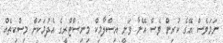
ނަމަވެސް އޭގެ ކުރިން ވެސް އޭނާ ވަނީ އިސްލާމިކް މިނިސްޓްރީގެ އެދުމަކަށް މިސްކިތެއް